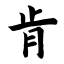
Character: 肯